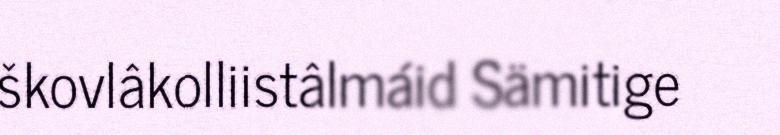
škovlâkolliistâlmáid Sämitige